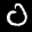
Label: 0